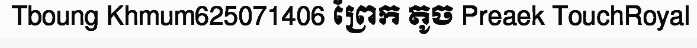
Tboung Khmum625071406 ព្រែក តូច Preaek TouchRoyal